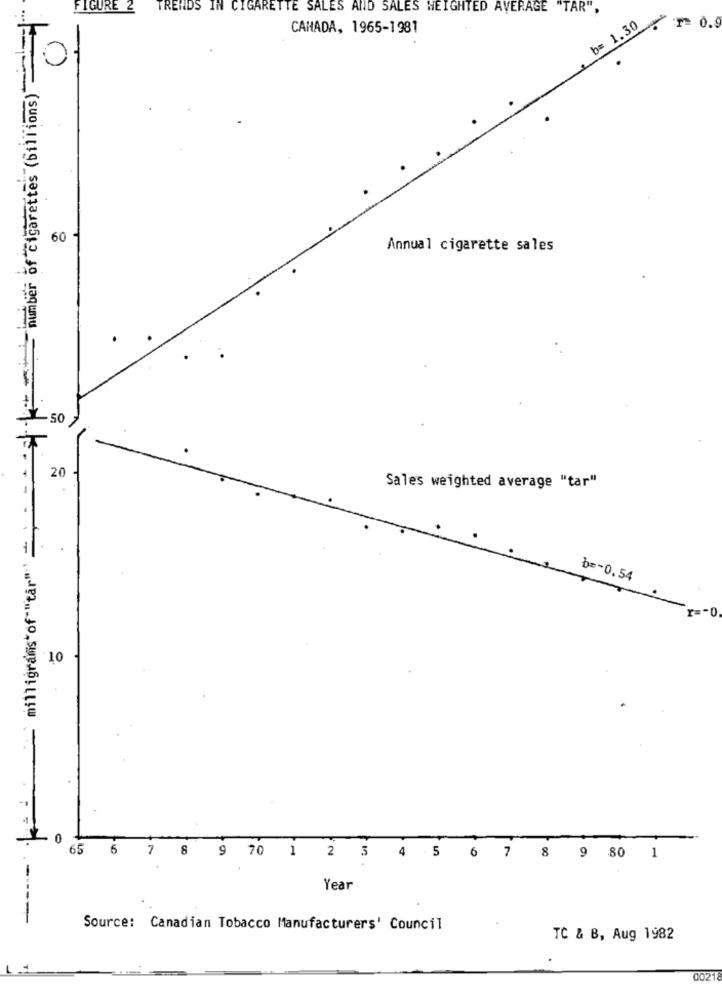
number of cigarettes (billions)
FIGURE 2
TRENDS IN CIGARETTE SALES AND SALES WEIGHTED AVERAGE "TAR",
CAHADA, 1965-1981
b= 1.30
0.9
60
Annual cigarette sales
-50
20
milligrams"of""tar""' _:-
Sales weighted average "tar"
b =- 0.54
r =- 0
10
65
5
7
8
9 70 1
2 3 4 5 6 7 8 9 80 1
-
Year
Source: Canadian Tobacco Manufacturers' Council
TC & B, Aug 1982
0021